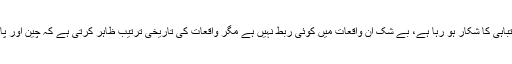
آج ہم سی پیک کے ذریعے چین کو دنیا کے ساتھ جوڑ رہے ہیں تو پاکستان معاشی تباہی کا شکار ہو رہا ہے، بے شک ان واقعات میں کوئی ربط نہیں ہے مگر واقعات کی تاریخی ترتیب ظاہر کرتی ہے کہ چین اور پاکستان میں تعلقات کی اونچائی آپ کے حصے میں آتی ہے اور گہرائی پاکستان کے۔